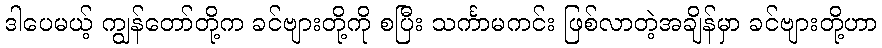
ဒါပေမယ့် ကျွန်တော်တို့က ခင်ဗျားတို့ကို စပြီး သင်္ကာမကင်း ဖြစ်လာတဲ့အချိန်မှာ ခင်ဗျားတို့ဟာ